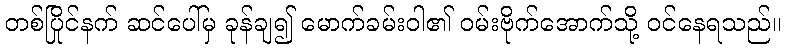
တစ်ပြိုင်နက် ဆင်ပေါ်မှ ခုန်ချ၍ မောက်ခမ်းဝါ၏ ဝမ်းဗိုက်အောက်သို့ ဝင်နေရသည်။